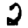
Digit: 2